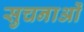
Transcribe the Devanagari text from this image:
सुचनाओं